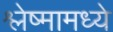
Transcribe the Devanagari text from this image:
श्लेष्मामध्ये